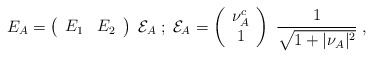
\begin{align*}E_A=\left(\begin{array}{cc}E_1 & E_2\end{array}\right)\;{\cal E}_A\;;\;{\cal E}_A=\left(\begin{array}{c}\nu_A^c \\ 1\end{array}\right)\;{1\over\sqrt{1+\vert\nu_A\vert^2}}\;,\end{align*}